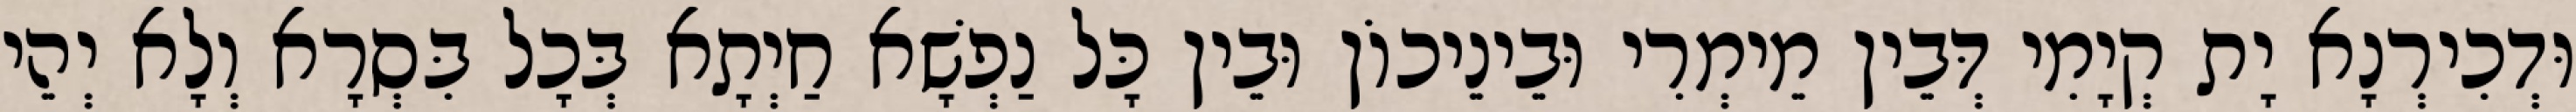
וּדְכִירְנָא יָת קְיָמִי דְּבֵין מֵימְרִי וּבֵינֵיכוֹן וּבֵין כָּל נַפְשָׁא חַיְתָא בְּכָל בִּסְרָא וְלָא יְהֵי